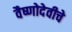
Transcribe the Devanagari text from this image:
वैष्णोदेवीचे